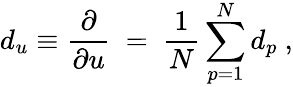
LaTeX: d_{u}\equiv\frac{\partial}{\partial u}\ =\ \frac{1}{N}\sum_{p=1}^{N}d_{p}\ ,